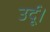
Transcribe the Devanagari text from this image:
उर्दू।